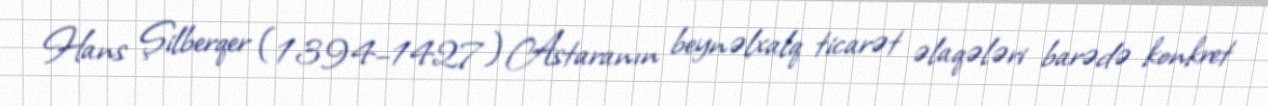
Hans Şilberqer (1394–1427) Astaranın beynəlxalq ticarət əlaqələri barədə konkret